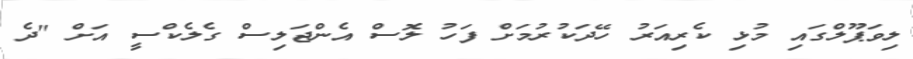
ލިވަޕޫލްގައި މުޅި ކެރިއަރު ހޭދަކުރުމަށް ފަހު ލޮސް އެންޖަލިސް ގެލެކްސީ އަށް "ދެ